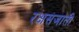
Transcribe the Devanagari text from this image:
रक्षसजाती